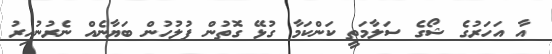
އާ އަހަރުގެ ޝޯގެ ސަލާމަތީ ކަންކަމާ ގުޅޭ ގޮތުން ފުލުހުން ބަޔާނެއް ނެރުނުއިރު